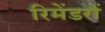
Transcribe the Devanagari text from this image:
रिमेंडरों